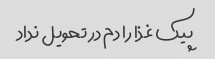
پیک غذا را دم در تحویل نداد